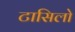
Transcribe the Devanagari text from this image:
टासिलो